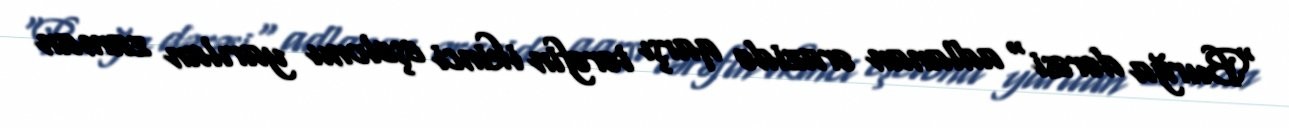
"Burğa dərəsi" adlanan ərazidə qarşı tərəfin ikinci eşelonu yarılan zaman